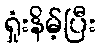
ရှုံးနိမ့်ပြီး